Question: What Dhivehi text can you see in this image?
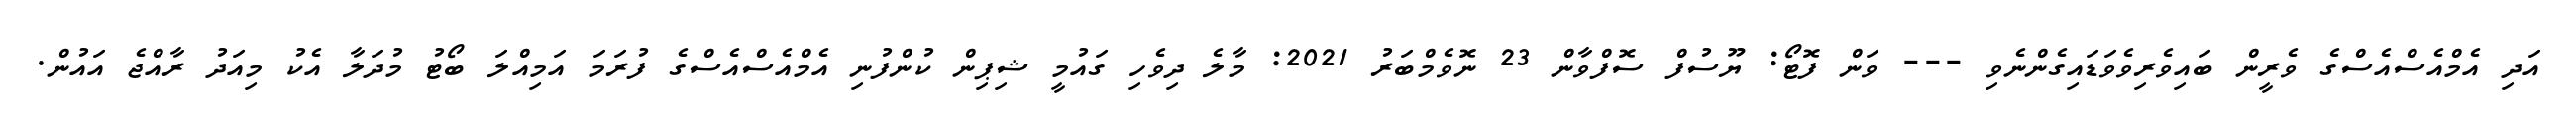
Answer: އަދި އެމްއެސްއެސްގެ ވެރީން ބައިވެރިވެވަޑައިގެންނެވި --- ވަން ފޮޓޯ: ޔޫސުފް ސޮފްވާން 23 ނޮވެމްބަރު 2021: މާލެ ދިވެހި ގައުމީ ޝިޕިން ކުންފުނި އެމްއެސްއެސްގެ ފުރަމަ އަމިއްލަ ބޯޓު މުދަލާ އެކު މިއަދު ރާއްޖެ އައުން.